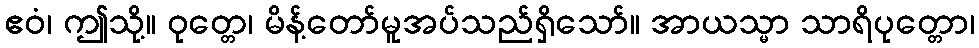
ဧဝံ၊ ဤသို့။ ဝုတ္တေ၊ မိန့်တော်မူအပ်သည်ရှိသော်။ အာယသ္မာ သာရိပုတ္တော၊